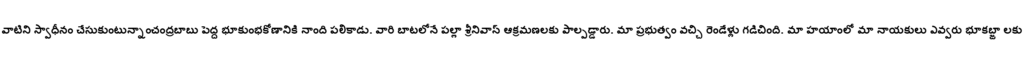
వాటిని స్వాధీనం చేసుకుంటున్నాంచంద్రబాబు పెద్ద భూకుంభకోణానికి నాంది పలికాడు. వారి బాటలోనే పల్లా శ్రీనివాస్ ఆక్రమణలకు పాల్పడ్డారు. మా ప్రభుత్వం వచ్చి రెండేళ్లు గడిచింది. మా హయాంలో మా నాయకులు ఎవ్వరు భూకబ్జా లకు